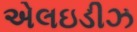
એલઇડીઝ